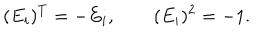
( E _ { i } ) ^ { T } = - E _ { i } , \quad \quad ( E _ { i } ) ^ { 2 } = - 1 .